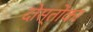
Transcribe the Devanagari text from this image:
दोस्तोंका